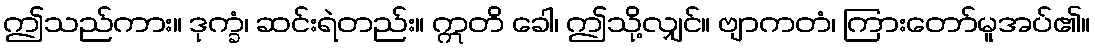
ဤသည်ကား။ ဒုက္ခံ၊ ဆင်းရဲတည်း။ ဣတိ ခေါ၊ ဤသို့လျှင်။ ဗျာကတံ၊ ကြားတော်မူအပ်၏။